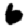
Digit: 6